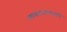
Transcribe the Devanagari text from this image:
व्याकरणवाचस्पती